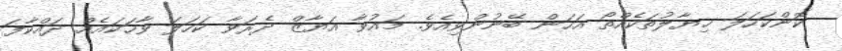
ކޮންކަހަލަ ޚިޔާލުތަކެއްތޯ އަހަން ބޭނުންވިއެވެ. މައުވާ އަޔާޒް ދެރަވާ ކަހަލަ ވާހަކައެއް ދައްކާފަ